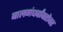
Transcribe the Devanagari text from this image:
बालगंधर्वांबरोबर